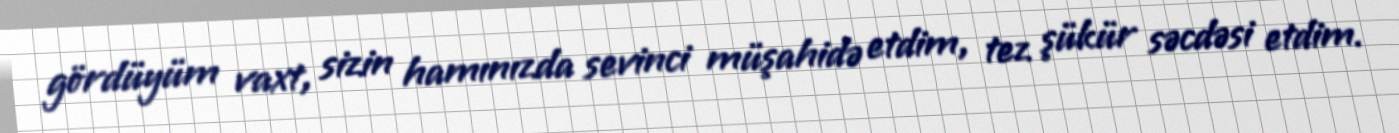
gördüyüm vaxt, sizin hamınızda sevinci müşahidə etdim, tez şükür səcdəsi etdim.